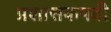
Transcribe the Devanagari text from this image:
प्रशासकपदी